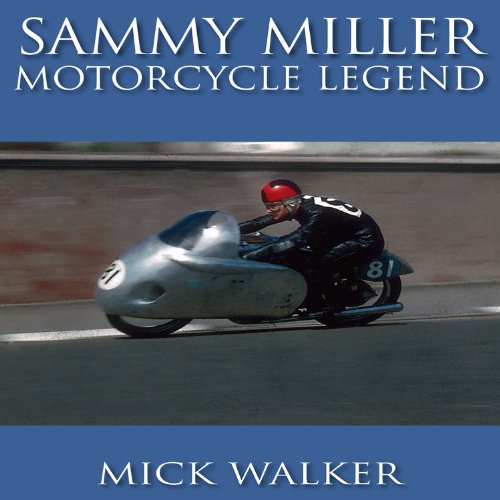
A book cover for Sammy Miller: Motorcycle Legend; Mick Walker; Sports & Outdoors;